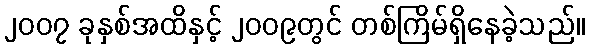
၂၀၀၇ ခုနှစ်အထိနှင့် ၂၀၀၉တွင် တစ်ကြိမ်ရှိနေခဲ့သည်။